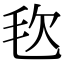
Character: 𣬴